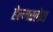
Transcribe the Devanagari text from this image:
हेल्मस्लेय